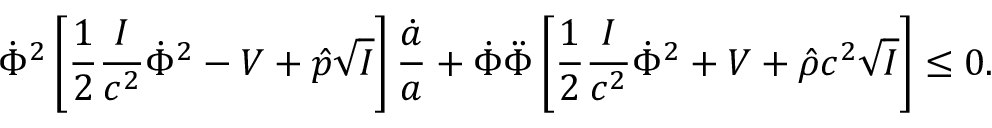
\dot { \Phi } ^ { 2 } \left[ { \frac { 1 } { 2 } } { \frac { I } { c ^ { 2 } } } \dot { \Phi } ^ { 2 } - V + \hat { p } \sqrt { I } \right] { \frac { \dot { a } } { a } } + \dot { \Phi } \ddot { \Phi } \left[ { \frac { 1 } { 2 } } { \frac { I } { c ^ { 2 } } } \dot { \Phi } ^ { 2 } + V + \hat { \rho } c ^ { 2 } \sqrt { I } \right] \leq 0 .